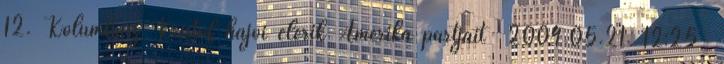
12. Kolumbusz Kristóf hajói elérik Amerika partjait 2004.05.21. 12:25